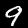
Label: 9